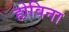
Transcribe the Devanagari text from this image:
होविना